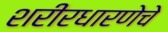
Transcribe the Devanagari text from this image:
शरीरधारणेचे